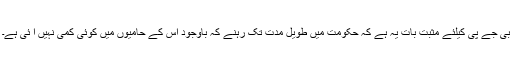
بی جے پی کیلئے مثبت بات یہ ہے کہ حکومت میں طویل مدت تک رہنے کہ باوجود اس کے حامیوں میں کوئی کمی نہیں آ ئی ہے۔